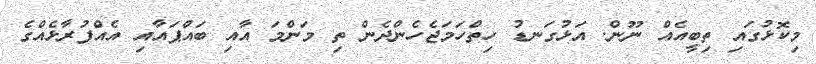
މިކޮޅުގައި ތިބީއެއް ނޫން. އަޅުގަނޑު ހިތްހަމަޖެހެންދެން ތި މަންމަ އާއި ބައްޕައާއި އެއްފުރާޅެއްގެ